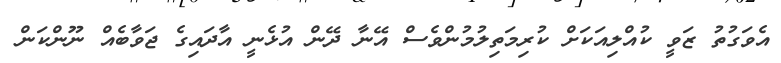
އެވަގުތު ޒަވީ ކުއްލިއަކަށް ކުރިމަތިލުމުންވެސް އޭނާ ދޭން އުޅެނީ އާދައިގެ ޖަވާބެއް ނޫންކަން